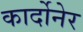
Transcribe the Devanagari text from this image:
कार्दोनेर